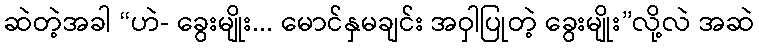
ဆဲတဲ့အခါ “ဟဲ- ခွေးမျိုး... မောင်နှမချင်း အဝှါပြုတဲ့ ခွေးမျိုး”လို့လဲ အဆဲ